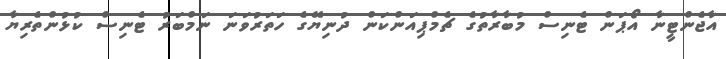
އާޖެންޓީނާ އޯޕަން ޓެނިސް މުބާރާތުގެ ޗެމްޕިއަންކަން ދުނިޔޭގެ ހަތަރުވަނަ ނަމްބަރު ޓެނިސް ކުޅުންތެރިޔާ